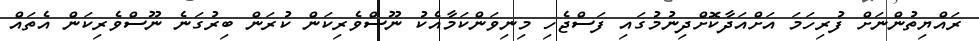
ރައްޔިތުންނަށް ފުރިހަމަ އަށްއަދާކޮށްދިނުމުގައި ފަސްޖެހި މިނިވަންކަމާއެކު ނޫސްވެރިކަން ކުރަން ބިރުގަނެ ނޫސްވެރިކަން އެތައް